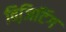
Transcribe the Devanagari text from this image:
विजि़टिंग